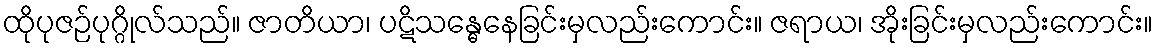
ထိုပုဇဉ်ပုဂ္ဂိုလ်သည်။ ဇာတိယာ၊ ပဋိသန္ဓေနေခြင်းမှလည်းကောင်း။ ဇရာယ၊ အိုးခြင်းမှလည်းကောင်း။